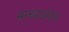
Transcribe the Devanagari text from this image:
सन्ध्यावंदन